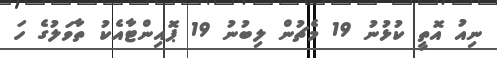
ނިއު އޮތީ ކުޅުނު 19 މެޗުން ލިބުނު 19 ޕޮއިންޓާއެކު ތާވަލުގެ ހަ